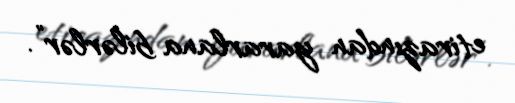
etirazından yararlana bilərlər”.